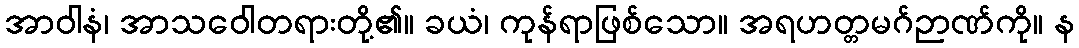
အာဝါနံ၊ အာသဝေါတရားတို့၏။ ခယံ၊ ကုန်ရာဖြစ်သော။ အရဟတ္တမဂ်ဉာဏ်ကို။ န